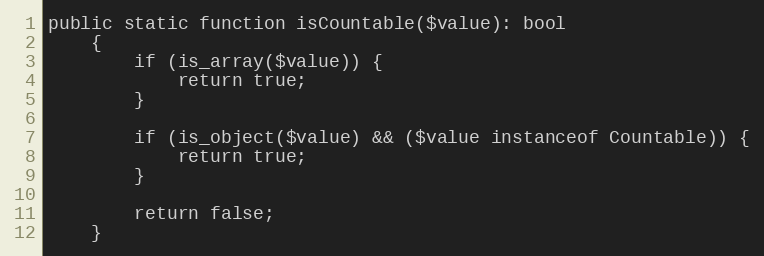
Language: PHP
public static function isCountable($value): bool
    {
        if (is_array($value)) {
            return true;
        }

        if (is_object($value) && ($value instanceof Countable)) {
            return true;
        }

        return false;
    }